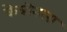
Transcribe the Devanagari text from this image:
केबीनला